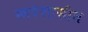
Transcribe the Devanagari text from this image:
स्वयंशासीत